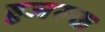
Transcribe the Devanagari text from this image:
हुजरूक